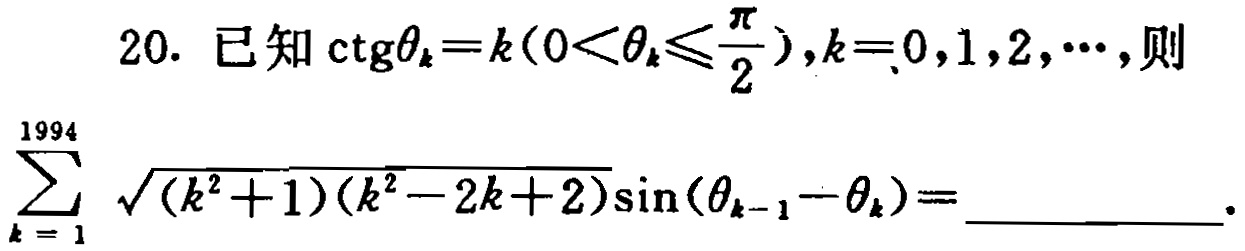
已知\(\mathrm{ctg}\theta_{k}=k(0<\theta_{k}\leq\frac{\pi}{2}),k = 0,1,2,\cdots\)，则\(\sum_{k = 1}^{1994} \sqrt{(k^{2}+1)(k^{2}-2k + 2)}\sin(\theta_{k - 1}-\theta_{k})=\)  。